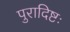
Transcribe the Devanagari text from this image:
पुरादिष्टः